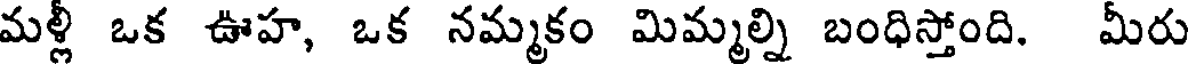
మళ్లీ ఒక ఊహ, ఒక నమ్మకం మిమ్మల్ని బంధిస్తోంది. మీరు